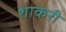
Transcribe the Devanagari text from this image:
शाकरी